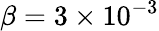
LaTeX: \beta=3\times 10^{-3}